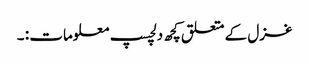
غزل کے متعلق کچھ دلچسپ معلومات : ۔